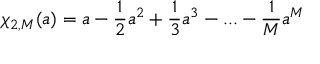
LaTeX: \chi _ { 2 , M } ( a ) = a - \frac 1 2 a ^ { 2 } + \frac 1 3 a ^ { 3 } - . . . - \frac 1 M a ^ { M }